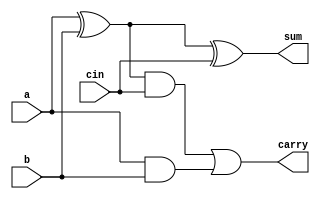
`timescale 1ns / 1ps
//////////////////////////////////////////////////////////////////////////////////
// Company: 
// Engineer: 
// 
// Design Name: 
// Module Name:    Fulladder_u_halfadder 
// Project Name: 
// Target Devices: 
// Tool versions: 
// Description: 
//
// Dependencies: 
//
// Revision: 
// Revision 0.01 - File Created
// Additional Comments: 
//
//////////////////////////////////////////////////////////////////////////////////
module Fulladder_u_halfadder(a,b,cin,sum,carry);
input a,b,cin;
output sum,carry;
wire w1,w2,w3;
xor X1(w1,a,b);
and A1(w2,a,b);
xor X2(sum,w1,cin);
and A2(w3,w1,cin);
or O1(carry,w3,w2);
endmodule